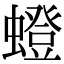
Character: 䗳